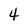
Character: 4